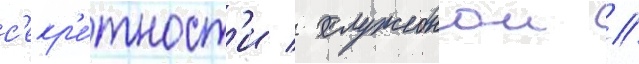
с'екр'е́тност'и / служебнои /